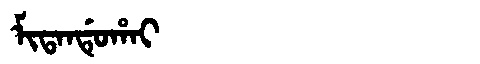
Manchu: ᠮᡳᡨᠠᠨᡩᡠᡥᠠᡳ
Romanization: MITANDUHAI